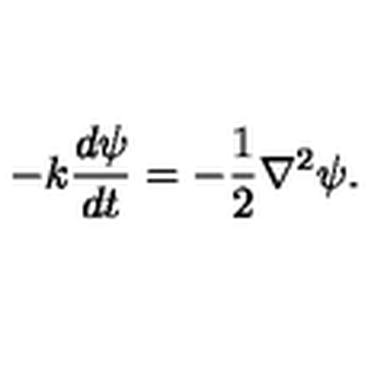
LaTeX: - k \frac { d \psi } { d t } = - \frac { 1 } { 2 } \nabla ^ { 2 } \psi .